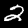
Label: 2